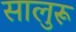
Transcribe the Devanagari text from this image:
सालुरू